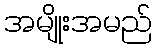
အမျိုးအမည်